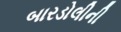
બારડોલીની